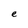
Character: e